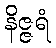
နိဇ္ဇရံ